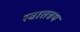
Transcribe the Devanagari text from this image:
स्वातत्रय